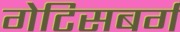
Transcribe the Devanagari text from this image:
गेटिसबर्ग